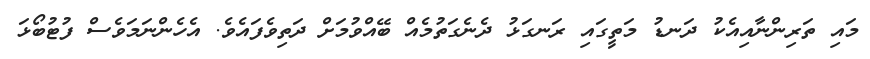
މައި ތަރިންނާއިއެކު ދަނޑު މަތީގައި ރަނގަޅު ދެނެގަތުމެއް ބޭއްވުމަށް ދަތިވެފައެވެ. އެހެންނަމަވެސް ފުޓުބޯޅަ